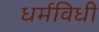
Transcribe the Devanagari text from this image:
धर्मविधी